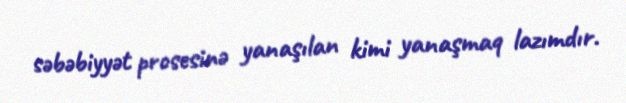
səbəbiyyət prosesinə yanaşılan kimi yanaşmaq lazımdır.